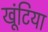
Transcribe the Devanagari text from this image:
खूंटिया